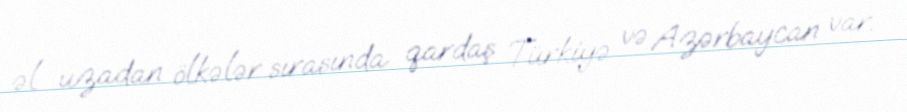
əl uzadan ölkələr sırasında qardaş Türkiyə və Azərbaycan var.